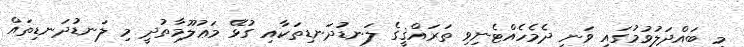
މި ބައްދަލުވުމުގައި ވަނީ ދެމެހެއްޓެނިވި ތަރައްޤީގެ ލަނޑުދަނޑިތަކާއި ގުޅޭ މަޢުލޫމާތުދީ މި ލަނޑުދަނޑިތައް